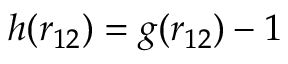
h ( r _ { 1 2 } ) = g ( r _ { 1 2 } ) - 1